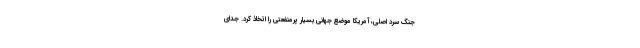
جنگ سرد اصلی، آمریکا موضع جهانی بسیار پرمنفعتی را اتخاذ کرد. جدای